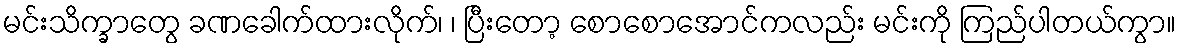
မင်းသိက္ခာတွေ ခဏခေါက်ထားလိုက်၊ ၊ ပြီးတော့ စောစောအောင်ကလည်း မင်းကို ကြည်ပါတယ်ကွာ။